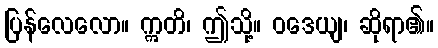
ပြန်လေလော။ ဣတိ၊ ဤသို့။ ဝဒေယျ၊ ဆိုရာ၏။